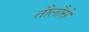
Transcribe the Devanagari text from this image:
तौलौसे